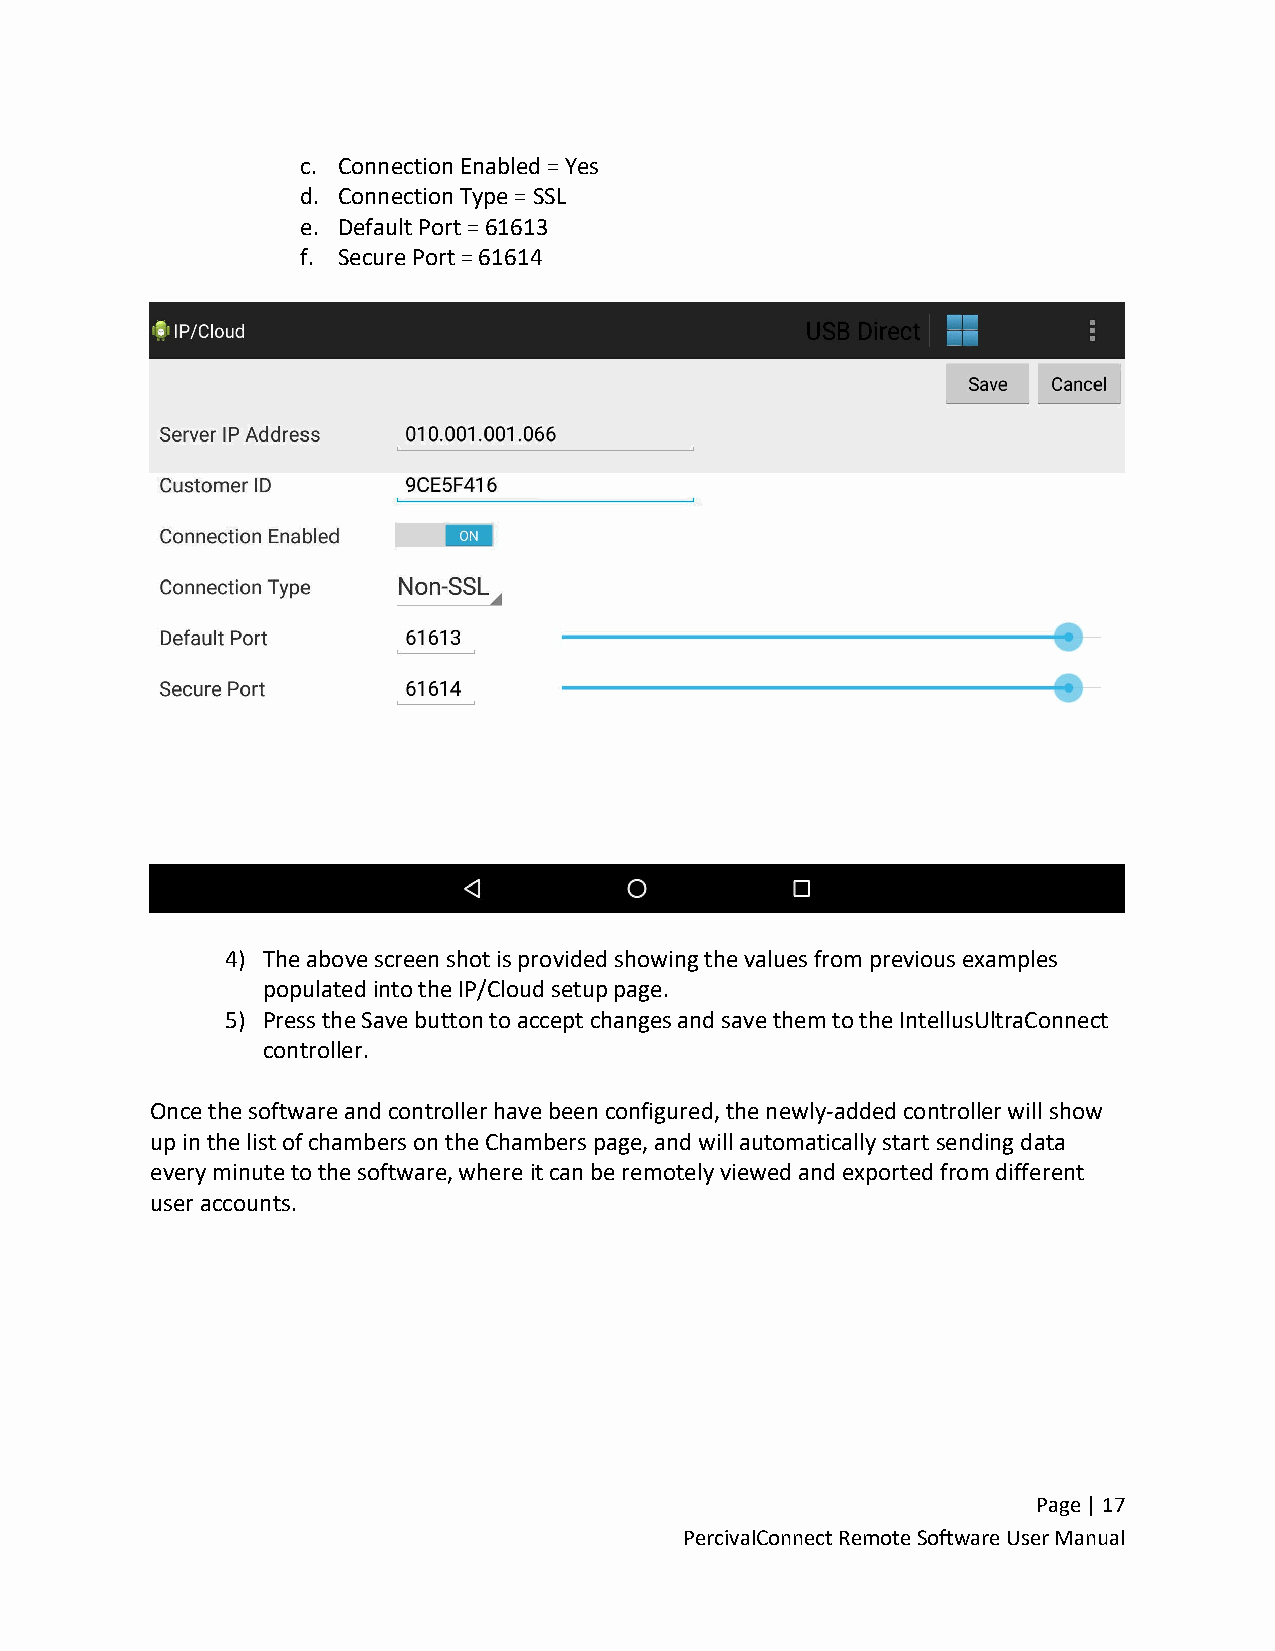
c. Connection Enabled = Yes
 d. Connection Type = SSL
 e. Default Port = 61613
 f. Secure Port = 61614
 4) The above screen shot is provided showing the values from previous examples
 populated into the IP/Cloud setup page.
 5) Press the Save button to accept changes and save them to the IntellusUltraConnect
 controller.
 Once the software and controller have been configured, the newly-added controller will show
 up in the list of chambers on the Chambers page, and will automatically start sending data
 every minute to the software, where it can be remotely viewed and exported from different
 user accounts.
 Page | 17
 PercivalConnect Remote Software User Manual